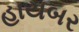
હાયબર